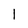
Character: 1